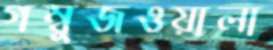
গম্বুজওয়ালা